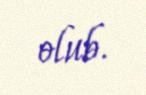
olub.